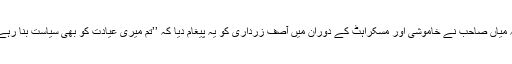
گو کہ میاں صاحب نے خاموشی اور مسکراہٹ کے دوران میں آصف زرداری کو یہ پیغام دیا کہ ’’تم میری عیادت کو بھی سیاست بنا رہے ہو‘‘۔